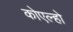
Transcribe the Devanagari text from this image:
कोएल्हो